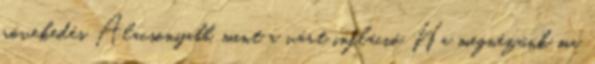
növekedés Alacsonyabb, mint a várt infláció Ha megnézünk ma